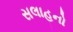
સલાહનો